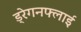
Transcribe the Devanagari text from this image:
ड्रेगनफ्लाई